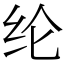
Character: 纶